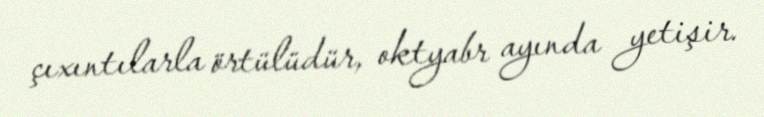
çıxıntılarla örtülüdür, oktyabr ayında yetişir.